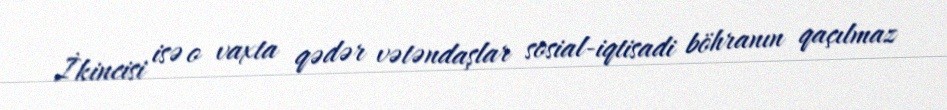
İkincisi isə o vaxta qədər vətəndaşlar sosial-iqtisadi böhranın qaçılmaz